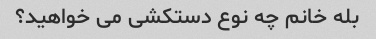
بله خانم چه نوع دستکشی می خواهید؟